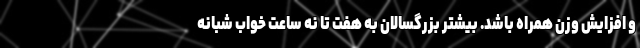
و افزایش وزن همراه باشد. بیشتر بزرگسالان به هفت تا نه ساعت خواب شبانه